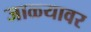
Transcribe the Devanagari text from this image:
जाळ्यावर